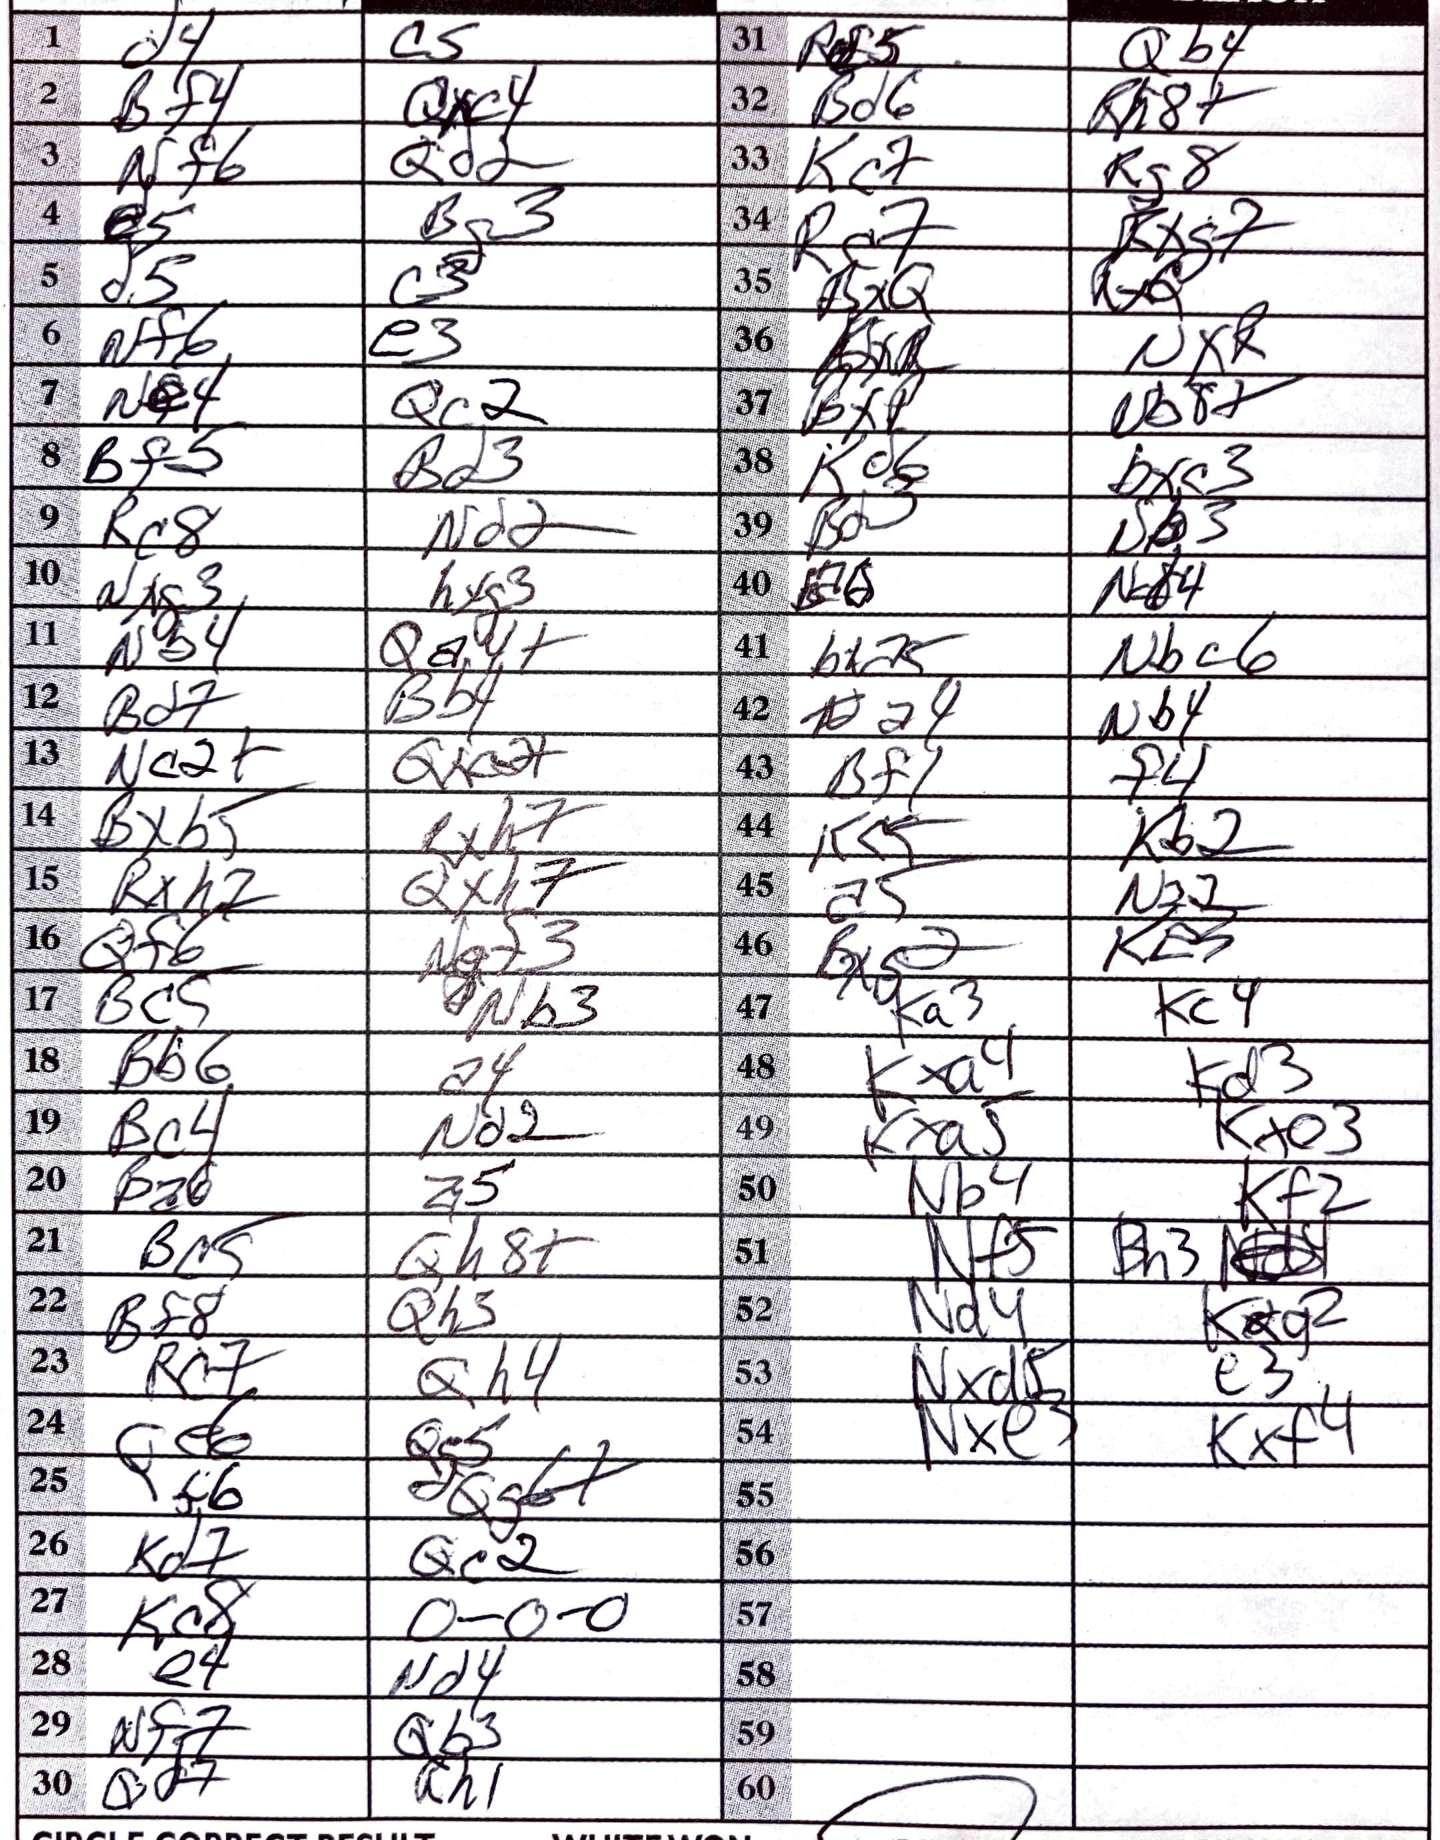
Moves: d4 c5 Bf4 Qxc4 Nf6 Qd2 e5 Bg3 d5 c3 Nf6 e3 Ne4 Qc2 Bf5 Bd3 Rc8 Nd2 Nxg3 hxg3 Nb4 Qa4+ Bd7 Bb4 Nc2+ Qxc2+ Bxb5 Rxh7 Rxh7 Qxh7 Qf6 Ngf3 Bc5 Nb3 Bb6 a4 Bc4 Nd2 Ba6 a5 Bc5 Qh8+ Rf8 Qh3 Rc7 Qh4 Qe6 Qg5 f6 Qg6+ Kd7 Qc2 Kc8 O-O-O e4 Nd4 Nf7 Qb3 Qd7 Rh1 Rf5 Qb4 Bd6 Rh8+ Kc7 Rg8 Rc7 Rxg7 BxQ RxQ NxR Nb8+ Kd6 Bxc3 Bd3 Nb3 a6 Nb4 bxa5 Nbc6 a4 Nb4 Bf1 f4 Kc5 Kb2 a5 Nf2 Bxg2 Ke5 Ka3 Kc4 Kxa4 Kd3 Kxa5 Kxe3 Nb4 Kf2 Nf5 Bh3 Nd4 Bxg2 Nxd5 e3 Nxe3 Kxf4